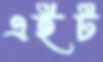
এইট